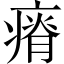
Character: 瘠